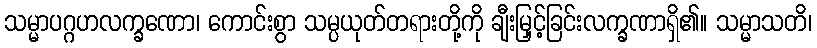
သမ္မာပဂ္ဂဟလက္ခဏော၊ ကောင်းစွာ သမ္ပယုတ်တရားတို့ကို ချီးမြှင့်ခြင်းလက္ခဏာရှိ၏။ သမ္မာသတိ၊